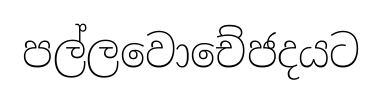
පල්ලවොචේජදයට